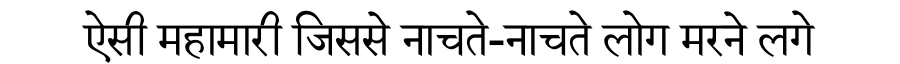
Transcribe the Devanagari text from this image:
ऐसी महामारी जिससे नाचते-नाचते लोग मरने लगे